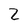
Character: 2